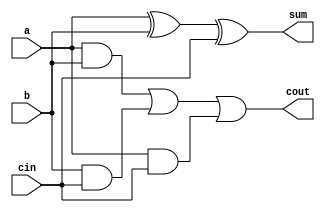
module fullAdder(a, b, cin, sum, cout);
input a, b, cin;

output sum, cout;


assign sum = (a ^ b ^ cin);
assign cout = (a & b)|(b & cin)|(a & cin);

endmodule